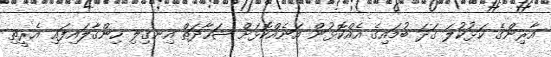
އާރިންގެ ކަޅުކުލަ ގަދަ ބުމައިގެ އެއްކޮޅުން އަނެއްކޮޅަށް ޝަހާދަތް އިނގިލި ހިންގާލައިފައި އެރީތި